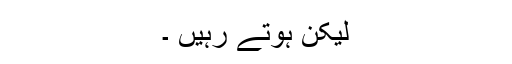
لیکن ہوتے رہیں ۔